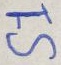
Text: S1